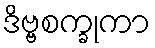
ဒိဗ္ဗစက္ခုကာ